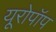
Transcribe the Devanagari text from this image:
यूरोपॉप